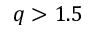
q > 1 . 5